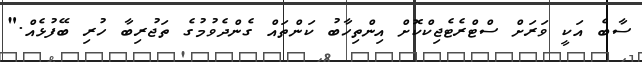
ސާބެ އަކީ ވަރަށް ސްޓްރެޓެޖިކްކޮށް އިންތިހާބު ކަންތައް ގެންދެވުމުގެ ތަޖުރިބާ ހުރި ބޭފުޅެއް."